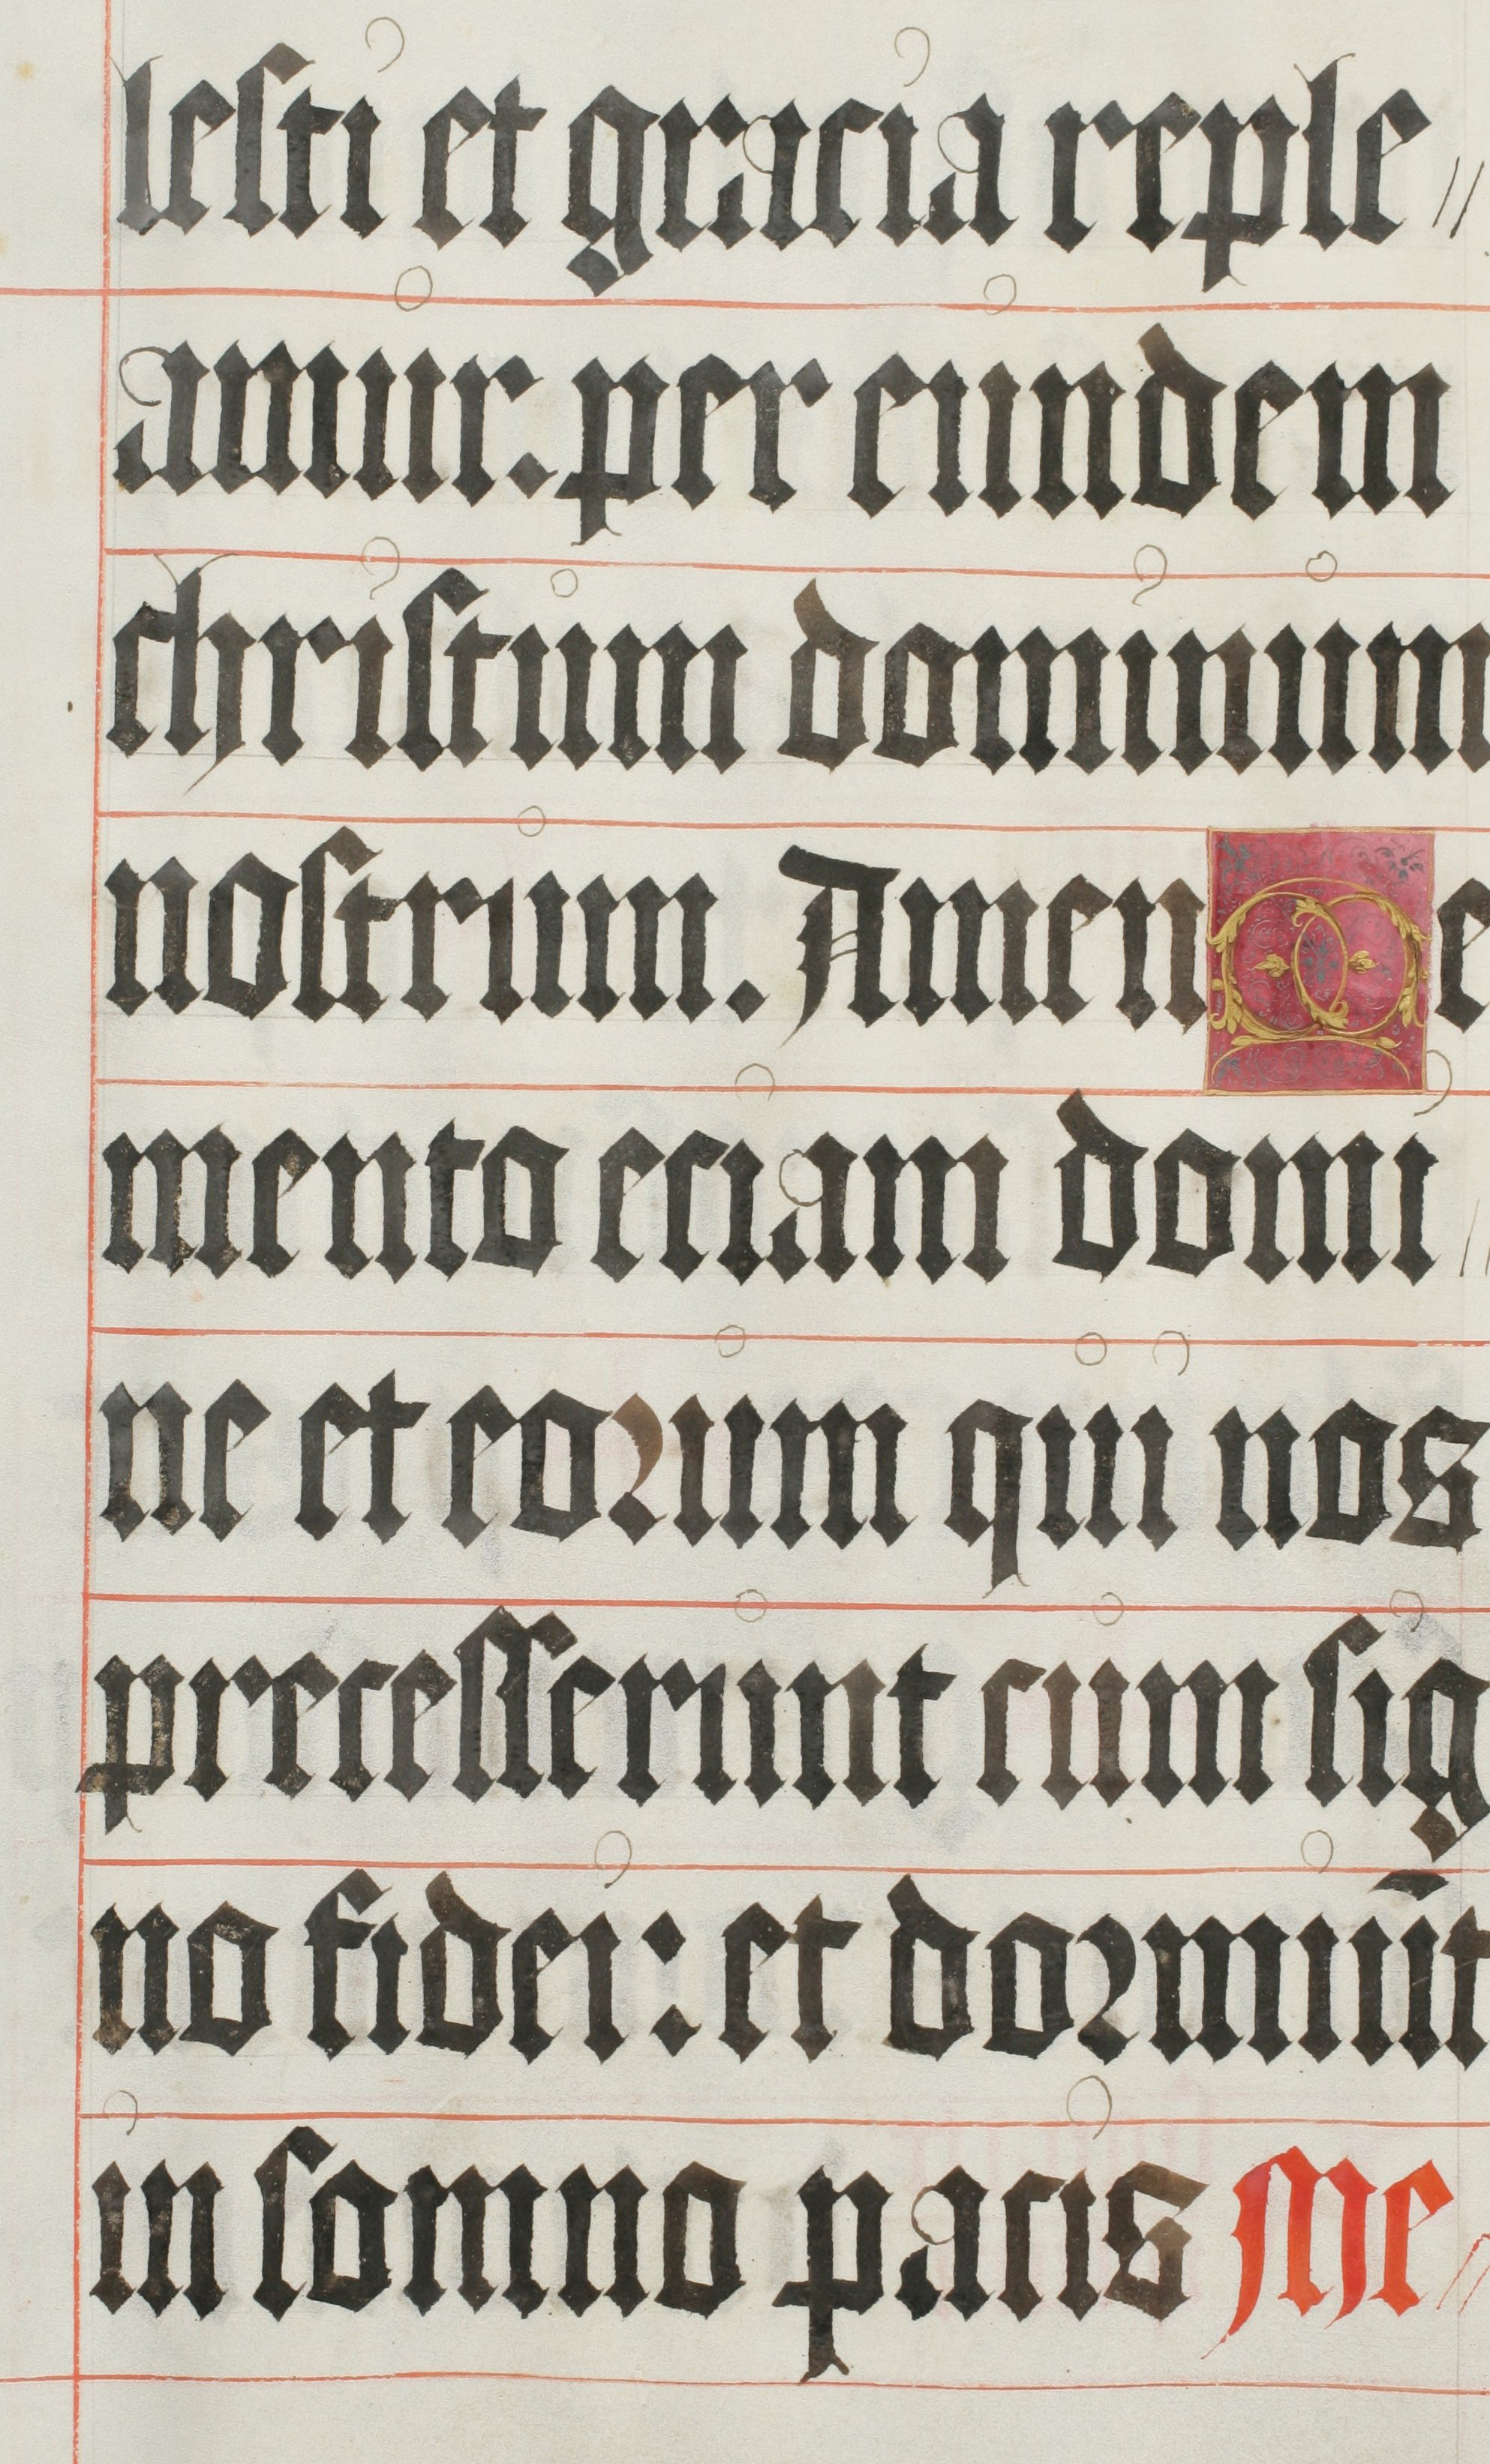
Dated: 1500–1599